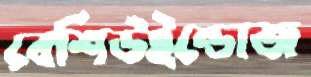
বেশিউইন্ডোজ